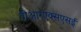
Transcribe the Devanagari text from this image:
वीआरएक्सएसई